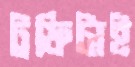
ট্রফিটাই